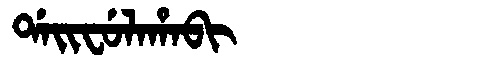
Manchu: ᡩᠠᡳᠸᡠᠯᠠᡥᠠᠪᡳ
Romanization: DAIFULAHABI